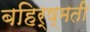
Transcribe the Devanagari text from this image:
बहिर्ष्मती